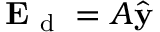
\mathbf { E } _ { \mathrm { ~ d ~ } } = A \hat { \mathbf { y } }